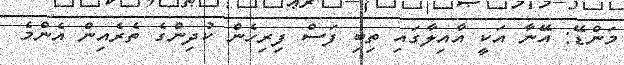
މަންޑޭ: އޭނާ އަކީ އާއިލާގައި ތިބި ފަސް ފިރިހެން ކުދިންގެ ތެރެއިން އެންމެ